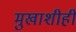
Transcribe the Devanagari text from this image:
मुखाशीही